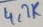
Text: 4,7K